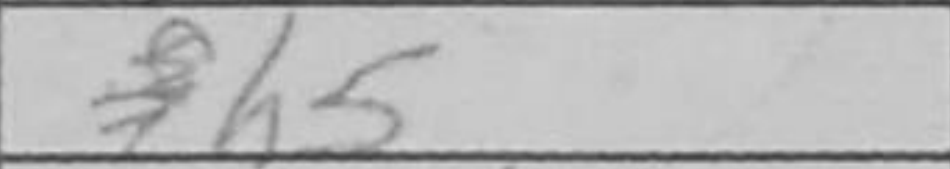
Transcription: h5